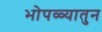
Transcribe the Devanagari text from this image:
भोपळ्यातुन